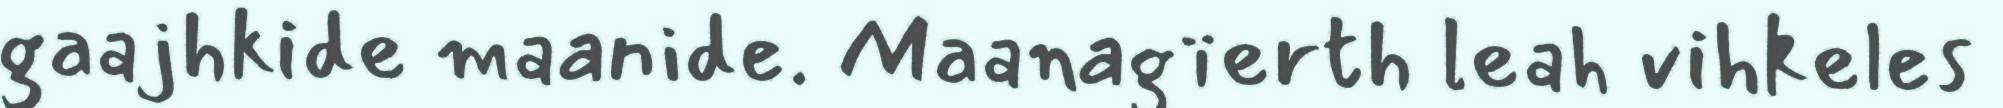
gaajhkide maanide. Maanagïerth leah vihkeles